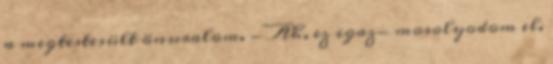
a megtestesült önuralom. - Ah, ez igaz- mosolyodom el.